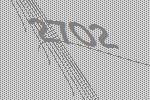
2702